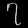
Digit: ၇